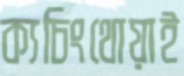
ক্যচিংথোয়াই